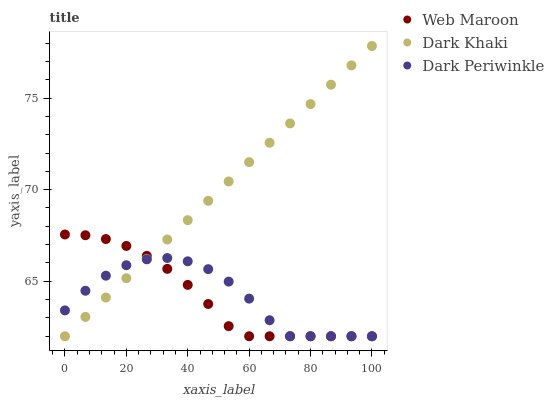
| xaxis_label | Web Maroon | Dark Khaki | Dark Periwinkle |
 | --- | --- | --- | --- |
 | 0 | 67.6 | 62 | 63.4 |
 | 6.67 | 67.5 | 63.1 | 64.5 |
 | 13.3 | 67.3 | 64.1 | 65.3 |
 | 20 | 66.9 | 65.2 | 65.9 |
 | 26.7 | 66.4 | 66.2 | 66.2 |
 | 33.3 | 65.7 | 67.3 | 66.3 |
 | 40 | 64.8 | 68.3 | 66.1 |
 | 46.7 | 63.8 | 69.4 | 65.7 |
 | 53.3 | 62.6 | 70.4 | 65 |
 | 60 | 62 | 71.5 | 64.1 |
 | 66.7 | 62 | 72.6 | 62.9 |
 | 73.3 | 62 | 73.6 | 62 |
 | 80 | 62 | 74.7 | 62 |
 | 86.7 | 62 | 75.7 | 62 |
 | 93.3 | 62 | 76.8 | 62 |
 | 100 | 62 | 77.8 | 62 |